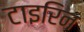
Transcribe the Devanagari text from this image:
टाइरिन